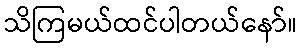
သိကြမယ်ထင်ပါတယ်နော်။